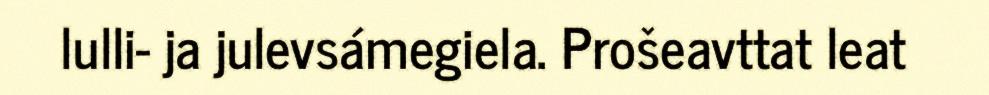
lulli- ja julevsámegiela. Prošeavttat leat